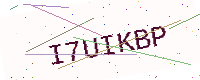
Text: I7UIKBP